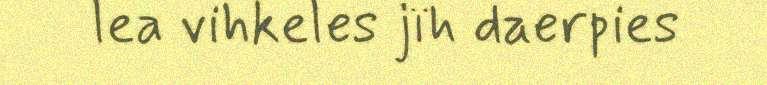
lea vihkeles jïh daerpies